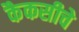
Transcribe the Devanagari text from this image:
कैकसीचे